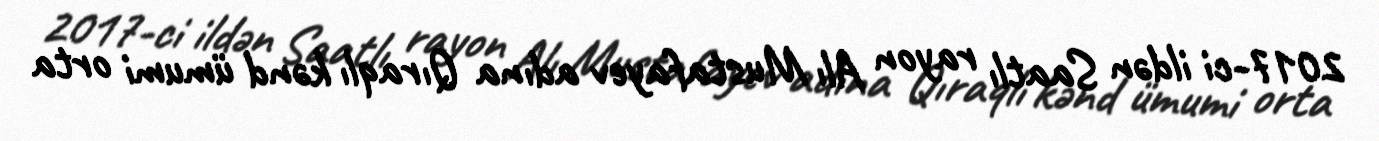
2017-ci ildən Saatlı rayon Alı Mustafayev adına Qıraqlı kənd ümumi orta